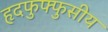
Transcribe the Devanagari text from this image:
हृदफुफ्फुसीय